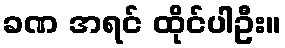
ခဏ အရင် ထိုင်ပါဦး။